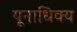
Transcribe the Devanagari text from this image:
यूनाधिक्य